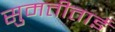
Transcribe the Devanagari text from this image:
सुमतीताई